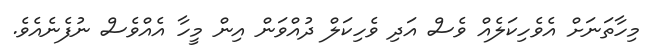
މިހާތަނަށް އެވެހިކަލެއް ވެސް އަދި ވެހިކަލް ދުއްވަން އިން މީހާ އެއްވެސް ނުފެނެއެވެ.